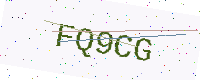
Text: FQ9CG